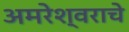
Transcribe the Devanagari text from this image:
अमरेश्वराचे